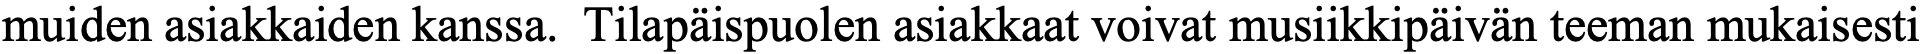
muiden asiakkaiden kanssa. Tilapäispuolen asiakkaat voivat musiikkipäivän teeman mukaisesti